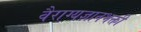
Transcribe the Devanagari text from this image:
वैराग्यज्ञानभक्ती